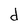
Character: d